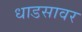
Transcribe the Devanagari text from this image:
धाडसावर